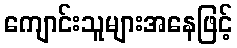
ကျောင်းသူများအနေဖြင့်